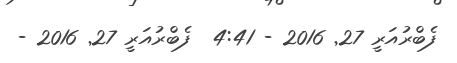
ފެބްރުއަރީ 27